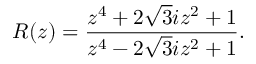
R ( z ) = \frac { z ^ { 4 } + 2 \sqrt { 3 } i z ^ { 2 } + 1 } { z ^ { 4 } - 2 \sqrt { 3 } i z ^ { 2 } + 1 } .